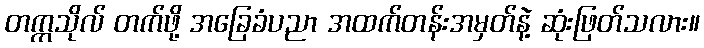
တက္ကသိုလ် တက်ဖို့ အခြေခံပညာ အထက်တန်းအမှတ်နဲ့ ဆုံးဖြတ်သလား။